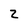
Character: 2